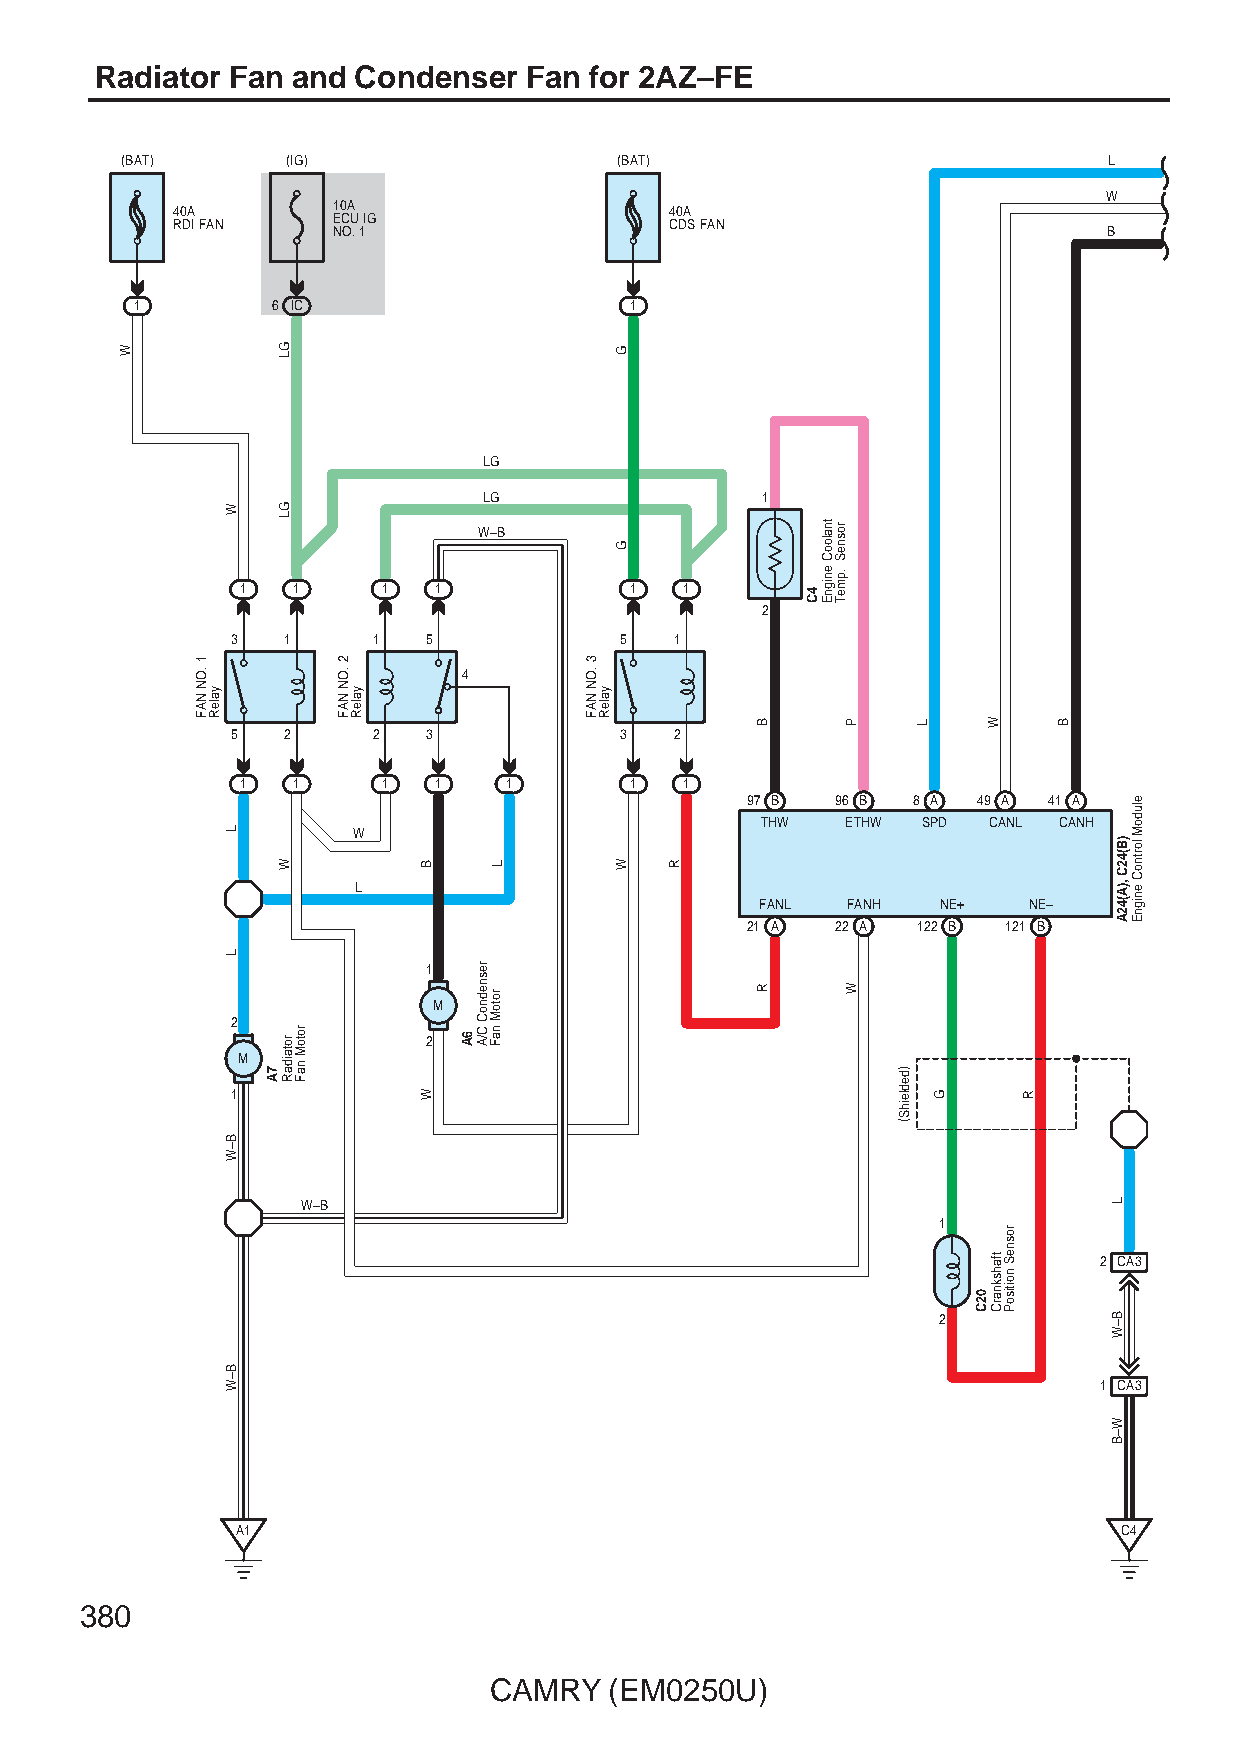
Radiator Fan and Condenser   Fan for 2AZ–FE
 (BAT)      (IG)                  (BAT)                           L
 W
 40A        10A                   40A
 RDI FAN    ECU IG                CDS FAN
 NO. 1                                              B
 1        6 IC                    1
 LG
 LG                1
 W–B
 1  1     1   1            1  1
 2
 3   1     1  5            5   1
 4
 5   2     2  3            3   2
 1  1     1   1   1        1  1
 97 B  96 B 8 A  49 A 41 A
 THW   ETHW SPD CANL CANH
 W
 L
 FANL  FANH  NE+   NE–
 21 A  22 A  122 B 121 B
 1
 M
 2
 2
 M
 1
 W–B
 1
 2 CA3
 2
 1 CA3
 A1                                                        C4
 380
 CAMRY   (EM0250U)
 W
 1
 .ON
 NAF
 yaleR
 W
 L
 L
 B–W
 B–W
 7A
 GL
 GL
 W
 rotaidaR rotoM
 naF
 2
 .ON
 NAF
 yaleR
 B
 W
 6A
 resnednoC
 C/A
 L
 rotoM
 naF
 3
 .ON
 NAF
 yaleR
 G
 G
 W  R
 B
 R
 4C
 tnalooC
 enignE
 rosneS
 .pmeT
 P
 W
 )dedleihS(
 L
 G
 02C
 W
 tfahsknarC
 rosneS
 noitisoP
 R
 B
 )B(42C
 ,)A(42A
 L
 B–W
 W–B
 eludoM
 lortnoC
 enignE